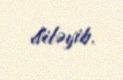
diləyib.